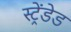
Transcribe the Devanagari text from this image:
स्ट्रेंडेड